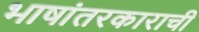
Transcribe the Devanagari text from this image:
भाषांतरकाराची